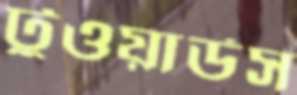
টুওয়ার্ডস